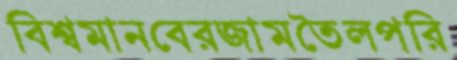
বিশ্বমানবেরজামতৈলপরি